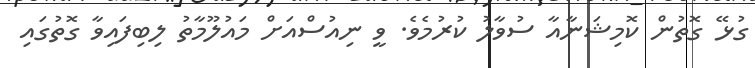
ގުޅޭ ގޮތުން ކޮމިޝަނާއާ ސުވާލު ކުރުމެވެ. ވީ ނިއުސްއަށް މައުލޫމާތު ލިބިފައިވާ ގޮތުގައި